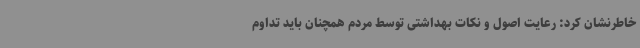
خاطرنشان کرد: رعایت اصول و نکات بهداشتی توسط مردم همچنان باید تداوم